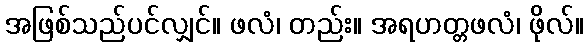
အဖြစ်သည်ပင်လျှင်။ ဖလံ၊ တည်း။ အရဟတ္တဖလံ၊ ဖိုလ်။